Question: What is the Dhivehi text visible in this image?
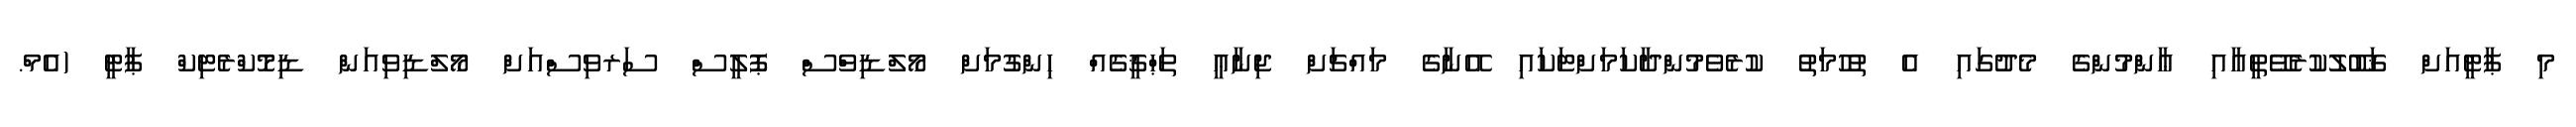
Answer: މި ޕާޓީއަށް ޤަބޫލުކުރެވޭތީއާއި ޢާންމުންގެ މެދުގައި އެ ތުހުމަތު ކުރެވެމުންދާކަމަށްޓަކައި އޭނާގެ މައްޗަށް ޖިނާޢީ ތަޙްޤީޤެއް ހިންގުމަށް މޯލްޑިވްސް ޕޮލީސް ސަރވިސްއަށް މޯލްޑިވިއަން ޑިމޮކްރެޓިކް ޕާޓީ (އެމް.